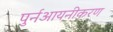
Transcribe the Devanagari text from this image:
पुर्नआयनीकरण